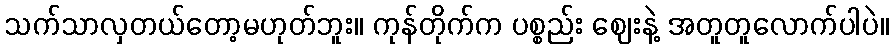
သက်သာလှတယ်တော့မဟုတ်ဘူး။ ကုန်တိုက်က ပစ္စည်း ဈေးနဲ့ အတူတူလောက်ပါပဲ။